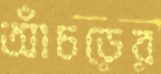
আঁচড়ের